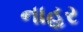
નાહર